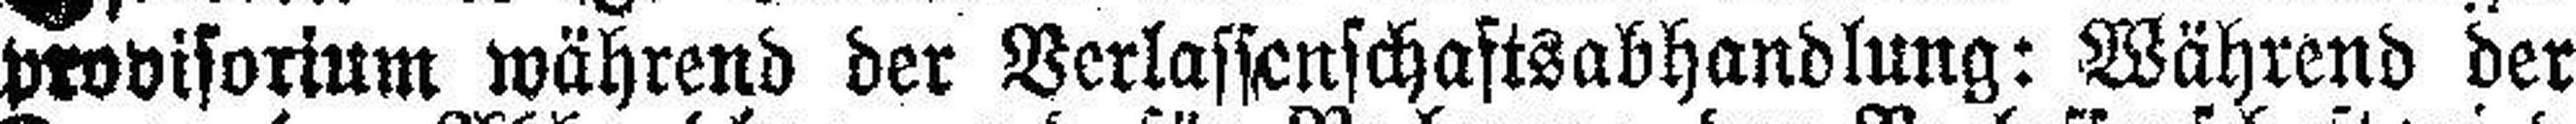
provisorium während der Verlassenschaftsabhandlung: Während der